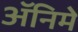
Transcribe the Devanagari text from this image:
ॲनिमे